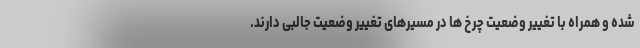
شده و همراه با تغییر وضعیت چرخ ها در مسیرهای تغییر وضعیت جالبی دارند.